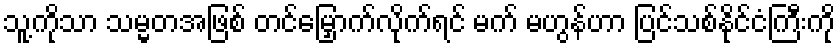
သူ့ကိုသာ သမ္မတအဖြစ် တင်မြှောက်လိုက်ရင် မက် မဟွန်ဟာ ပြင်သစ်နိုင်ငံကြီးကို